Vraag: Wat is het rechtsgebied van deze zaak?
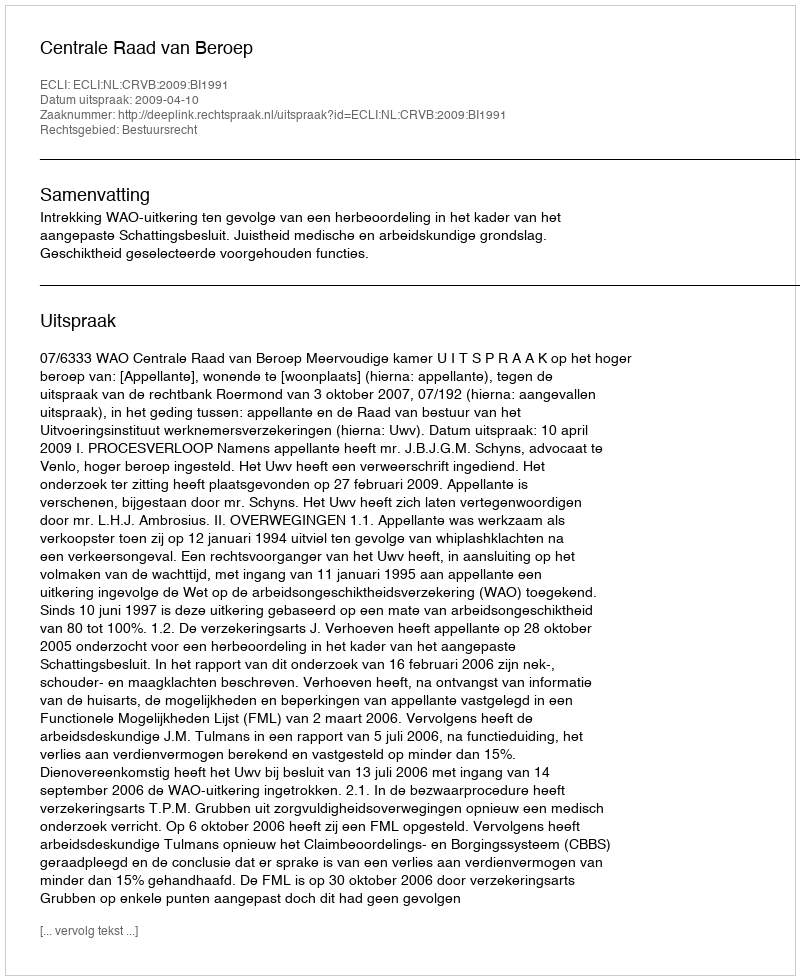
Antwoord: Bestuursrecht